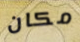
مكان